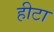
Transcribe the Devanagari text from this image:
हीटा